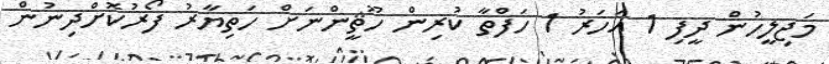
މަޖިލީހުން ދީފި 1 އަހަރު 1 ހަފްތާ ކުރިން ހޫޘީންނަށް ހަތިޔާރު ފޯރުކޮށްދިނުން